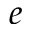
e